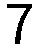
7